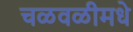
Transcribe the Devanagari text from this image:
चळवळीमधे